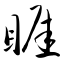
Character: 睚